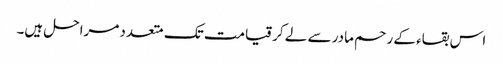
اس بقاء کے رحم مادر سے لے کر قیامت تک متعدد مراحل ہیں۔